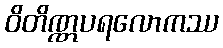
ဝိတိဏ္ဏပရလောကဿ